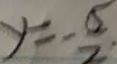
y = - \frac { 5 } { 2 }